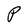
Character: P